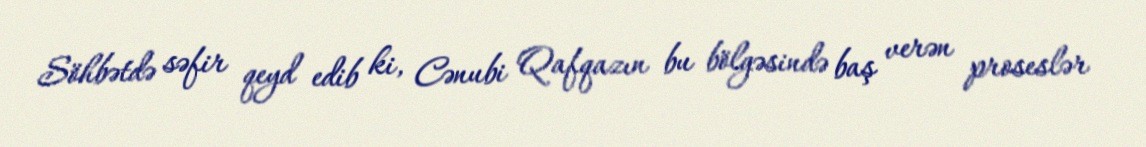
Söhbətdə səfir qeyd edib ki, Cənubi Qafqazın bu bölgəsində baş verən proseslər